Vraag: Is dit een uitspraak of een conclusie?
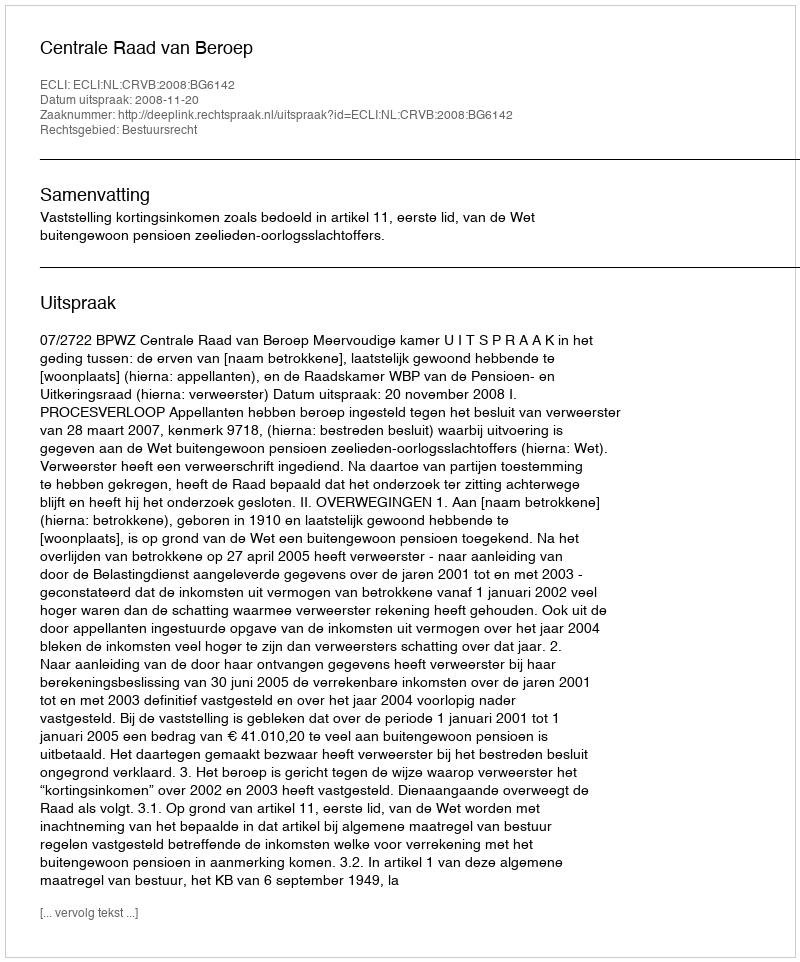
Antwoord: Uitspraak